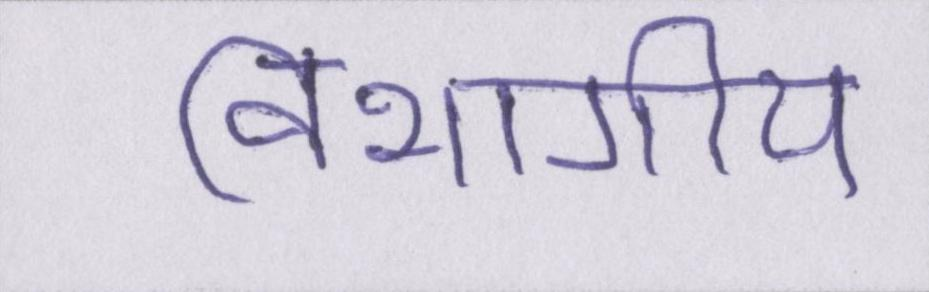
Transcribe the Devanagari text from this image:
विभागीय